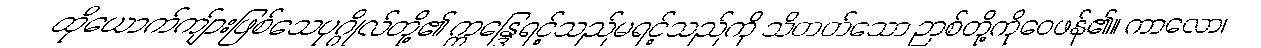
ထိုယောက်ကျ်ားဖြစ်သေပုဂ္ဂိုလ်တို့၏ ဣန္ဒြေရင့်သည်မရင့်သည်ကို သိတတ်သော ဉာစ်တို့ကိုဝေဖန်၏။ ကာလော၊